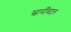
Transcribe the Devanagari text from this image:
स्वामीँबद्दल